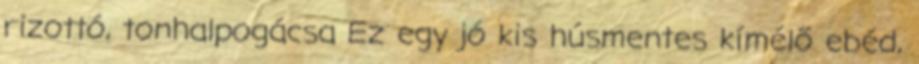
rizottó, tonhalpogácsa Ez egy jó kis húsmentes kímélő ebéd,